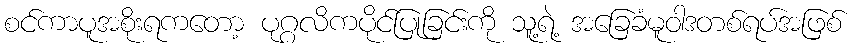
စင်ကာပူအစိုးရကတော့ ပုဂ္ဂလိကပိုင်ပြုခြင်းကို သူ့ရဲ့ အခြေခံမူဝါဒတစ်ရပ်အဖြစ်